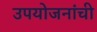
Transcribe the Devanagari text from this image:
उपयोजनांची